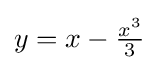
y=x-{\tfrac {x^{3}}{3}}